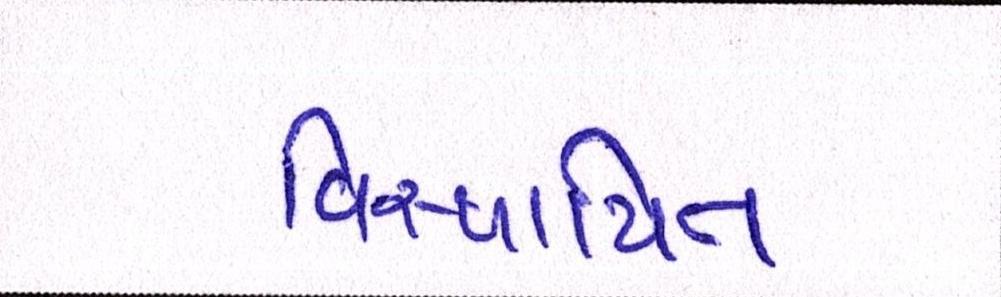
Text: વિસ્થાપિત